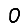
Digit: 0